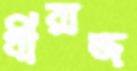
ধীরাজ